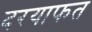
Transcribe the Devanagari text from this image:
दरयाफत